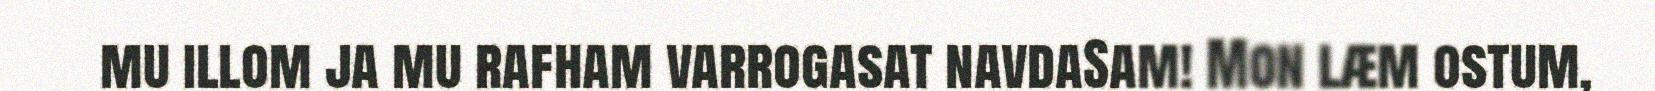
mu illom ja mu rafham varrogasat navdaSam! Mon læm ostum,